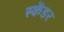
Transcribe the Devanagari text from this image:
स्केंडर